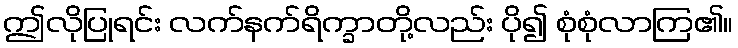
ဤလိုပြုရင်း လက်နက်ရိက္ခာတို့လည်း ပို၍ စုံစုံလာကြ၏။